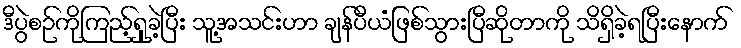
ဒီပွဲစဉ်ကိုကြည့်ရှုခဲ့ပြီး သူ့အသင်းဟာ ချန်ပီယံဖြစ်သွားပြီဆိုတာကို သိရှိခဲ့ရပြီးနောက်